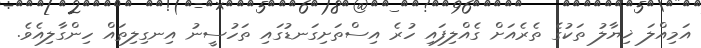
އަމިއްލަ ޚިޔާލު ތަކުގެ ތެރެއަށް ގެއްލިފައި ހުރެ އިސްތަށިގަނޑުގައި ތަހުސީނު އިނގިލިތައް ހިންގާލިއެވެ.